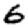
Digit: 6